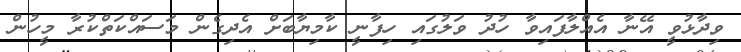
ވިދާޅުވީ އޭނާ އެއްލާފައިވާ ހުދު ވަލުގައި ހިފާނީ ކާމިޔާބަށް އެދިގެން މަސައްކަތްކުރާ މީހުން